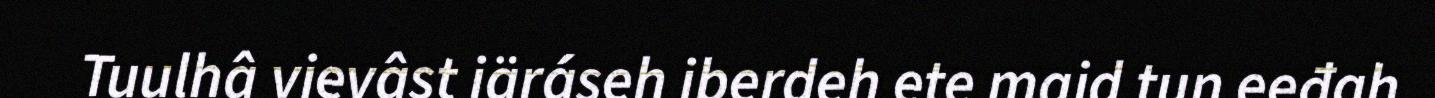
Tuulhâ vievâst iäráseh iberdeh ete maid tun eeđah